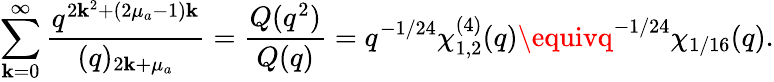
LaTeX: \sum_{\mathbf{k}=0}^{\infty}\frac{{q^{2\mathbf{k}^{2}+(2\mu_{a}-1)\mathbf{k}}}}{{(q)_{2\mathbf{k}+\mu_{a}}}}=\frac{{Q(q^{2})}}{{Q(q)}}=q^{-1/24}\chi_{1,2}^{(4)}(q)\equivq^{-1/24}\chi_{1/16}(q).